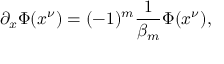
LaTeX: \partial _ { x } \Phi ( x ^ { \nu } ) = ( - 1 ) ^ { m } \frac { 1 } { \beta _ { m } } \Phi ( x ^ { \nu } ) ,